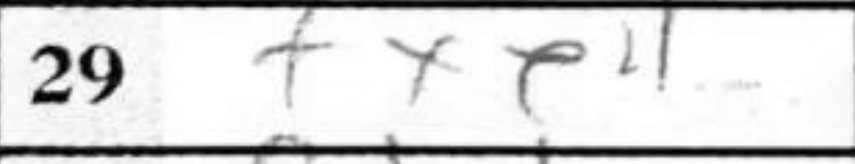
Transcription: fxe4